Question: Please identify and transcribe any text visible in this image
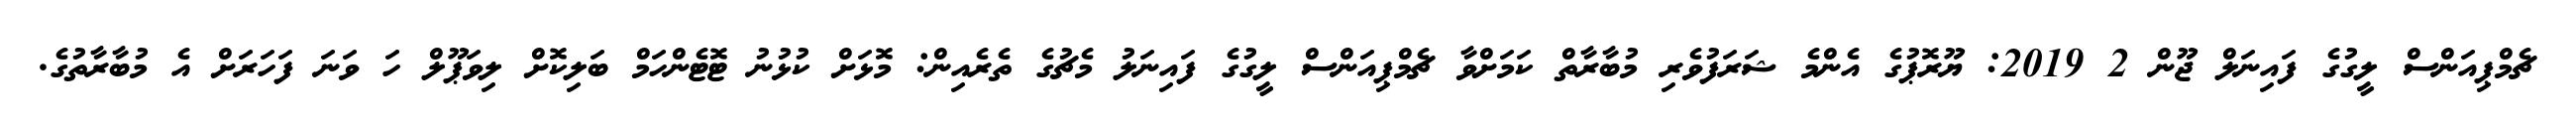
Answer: ޗެމްޕިއަންސް ލީގުގެ ފައިނަލް ޖޫން 2 2019: ޔޫރޮޕުގެ އެންމެ ޝަރަފުވެރި މުބާރާތް ކަމަށްވާ ޗެމްޕިއަންސް ލީގުގެ ފައިނަލު މެޗުގެ ތެރެއިން: މޮޅަށް ކުޅުނު ޓޮޓެންހަމް ބަލިކޮށް ލިވަޕޫލް ހަ ވަނަ ފަހަރަށް އެ މުބާރާތުގެ.